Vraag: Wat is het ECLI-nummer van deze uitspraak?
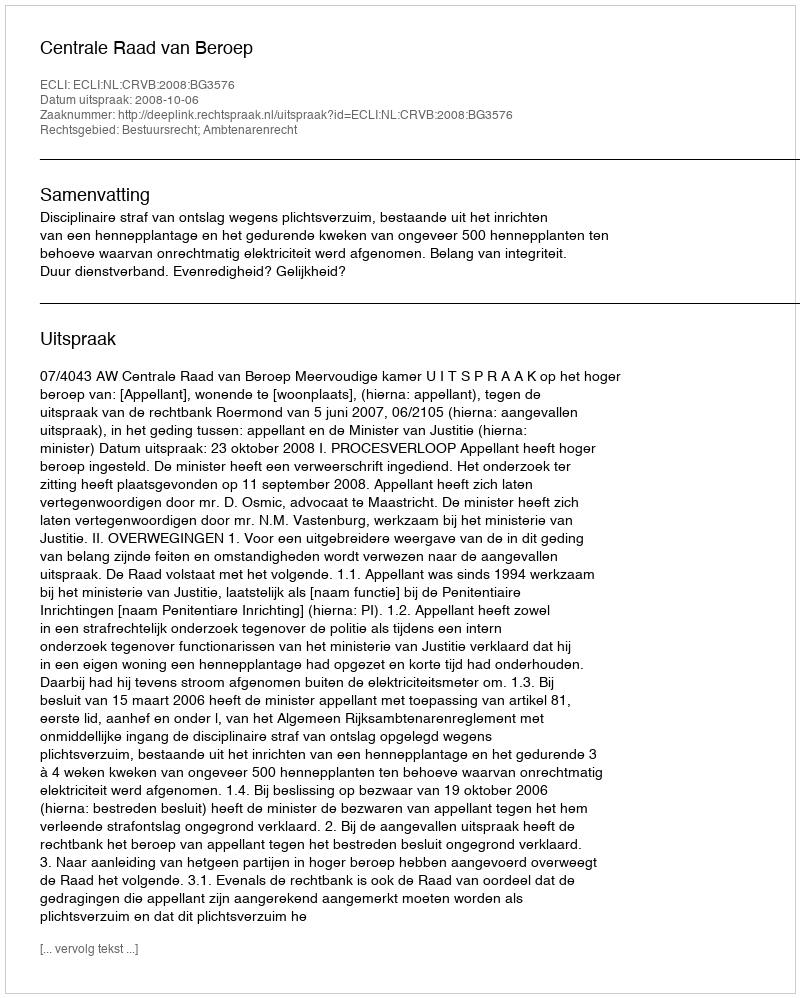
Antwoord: ECLI:NL:CRVB:2008:BG3576